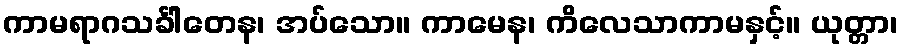
ကာမရာဂသင်္ခါတေန၊ အပ်သော။ ကာမေန၊ ကိလေသာကာမနှင့်။ ယုတ္တာ၊